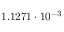
1 . 1 2 7 1 \cdot 1 0 ^ { - 3 }